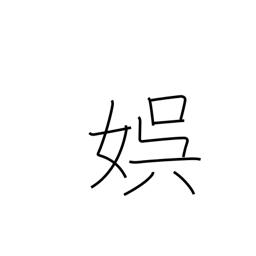
Meaning: recreation